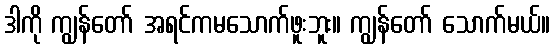
ဒါကို ကျွန်တော် အရင်ကမသောက်ဖူးဘူး။ ကျွန်တော် သောက်မယ်။